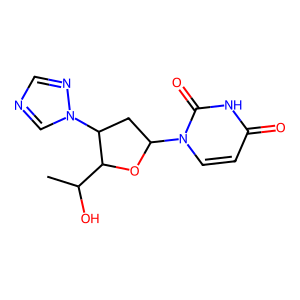
SMILES: CC(O)C1OC(n2ccc(=O)[nH]c2=O)CC1n1cncn1
Inhibits HIV replication: No